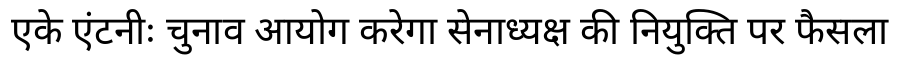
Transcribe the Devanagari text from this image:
एके एंटनीः चुनाव आयोग करेगा सेनाध्यक्ष की नियुक्ति पर फैसला